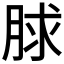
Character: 脙